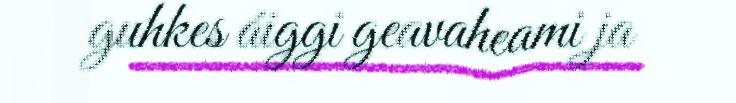
guhkes áiggi geavaheami ja